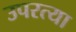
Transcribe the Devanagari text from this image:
उपरत्या